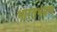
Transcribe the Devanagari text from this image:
भारतभम्रण